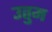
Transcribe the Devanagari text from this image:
उतुम